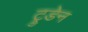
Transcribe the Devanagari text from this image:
ट्रुडेन